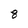
Character: 8